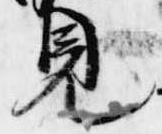
見